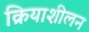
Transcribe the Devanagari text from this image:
क्रियाशीलन